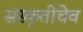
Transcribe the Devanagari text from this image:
संस्कृतीचेव